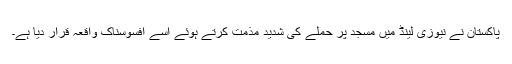
پاکستان نے نیوزی لینڈ میں مسجد پر حملے کی شدید مذمت کرتے ہوئے اسے افسوسناک واقعہ قرار دیا ہے۔